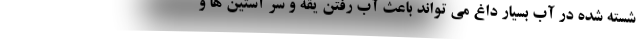
شسته شده در آب بسیار داغ می تواند باعث آب رفتن یقه و سر آستین ها و